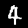
Label: 4